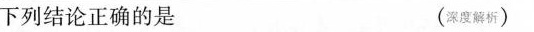
下列结论正确的是 (深度解析)